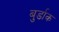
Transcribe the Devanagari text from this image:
बुर्डाक